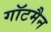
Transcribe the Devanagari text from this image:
गॉटमैन